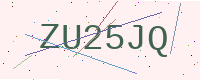
Text: ZU25JQ